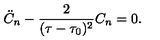
\ddot { C } _ { n } - \frac { 2 } { ( \tau - \tau _ { 0 } ) ^ { 2 } } C _ { n } = 0 .